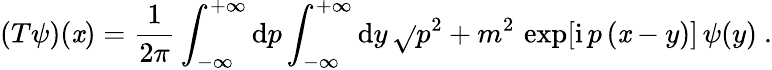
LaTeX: (T\psi)(\mathit{x})=\frac{{1}}{{2\pi}}\int_{-\infty}^{+\infty}\mathrm{{d}}p\int_{-\infty}^{+\infty}\mathrm{{d}}y\, \sqrt{}{{p^{2}+m^{2}}}\, \exp[\mathrm{{i}}\, p\, (\mathit{x}-y)]\, \psi(y)\ .